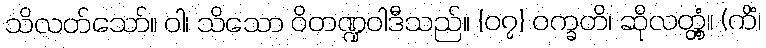
သိလတ်သော်။ ဝါ၊ သိသော ဝိတဏ္ဍဝါဒီသည်။ {၀၇} ဝက္ခတိ၊ ဆိုလတ္တံ့။ (ကိံ၊